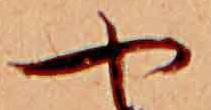
や